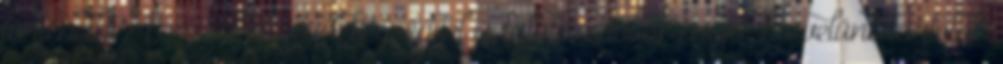
történethez kapcsolódó érdekességgel is találkozhattok majd, ha velünk tartotok.